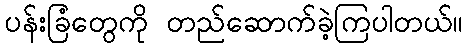
ပန်းခြံတွေကို တည်ဆောက်ခဲ့ကြပါတယ်။